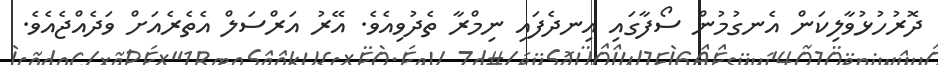
ދޮރުހުޅުވާލިކަން އެނގުމުން ސޯފާގައި އިނދެފައި ނިމްރާ ތެދުވިއެވެ. އޭރު އަރްސަލް އެތެރެއަށް ވަދެއްޖެއެވެ.